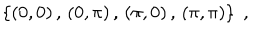
\left\{ ( 0 , 0 ) \, , \, ( 0 , \pi ) \, , \, ( \pi , 0 ) \, , \, ( \pi , \pi ) \right\} \; ,